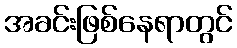
အခင်းဖြစ်နေရာတွင်